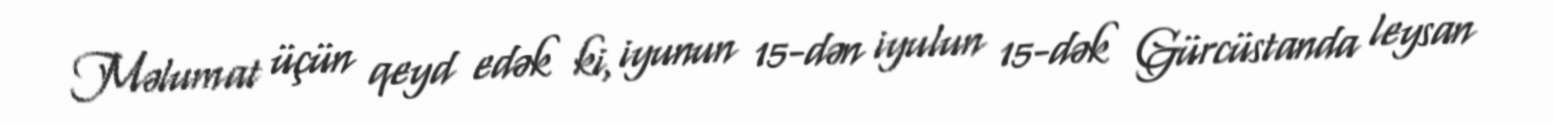
Məlumat üçün qeyd edək ki, iyunun 15-dən iyulun 15-dək Gürcüstanda leysan